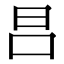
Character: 𣅊